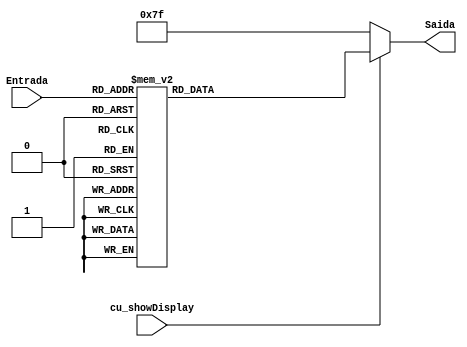
module display (Entrada, Saida, cu_showDisplay) ;
	input [3:0] Entrada;
	output reg [6:0] Saida;
	input cu_showDisplay;
	
	always@( * )
		begin
			if(cu_showDisplay)begin
			case (Entrada)
				4'b0000 : Saida = 7'b0000001 ;
				4'b0001 : Saida = 7'b1001111 ;
				4'b0010 : Saida = 7'b0010010 ;
				4'b0011 : Saida = 7'b0000110 ;
				4'b0100 : Saida = 7'b1001100 ;
				4'b0101 : Saida = 7'b0100100 ;
				4'b0110 : Saida = 7'b0100000 ;
				4'b0111 : Saida = 7'b0001111 ;
				4'b1000 : Saida = 7'b0000000 ;
				4'b1001 : Saida = 7'b0001100 ;
				default : Saida = 7'b1111111 ;
			endcase
			end
			else
				Saida = 7'b1111111 ;
		end
endmodule